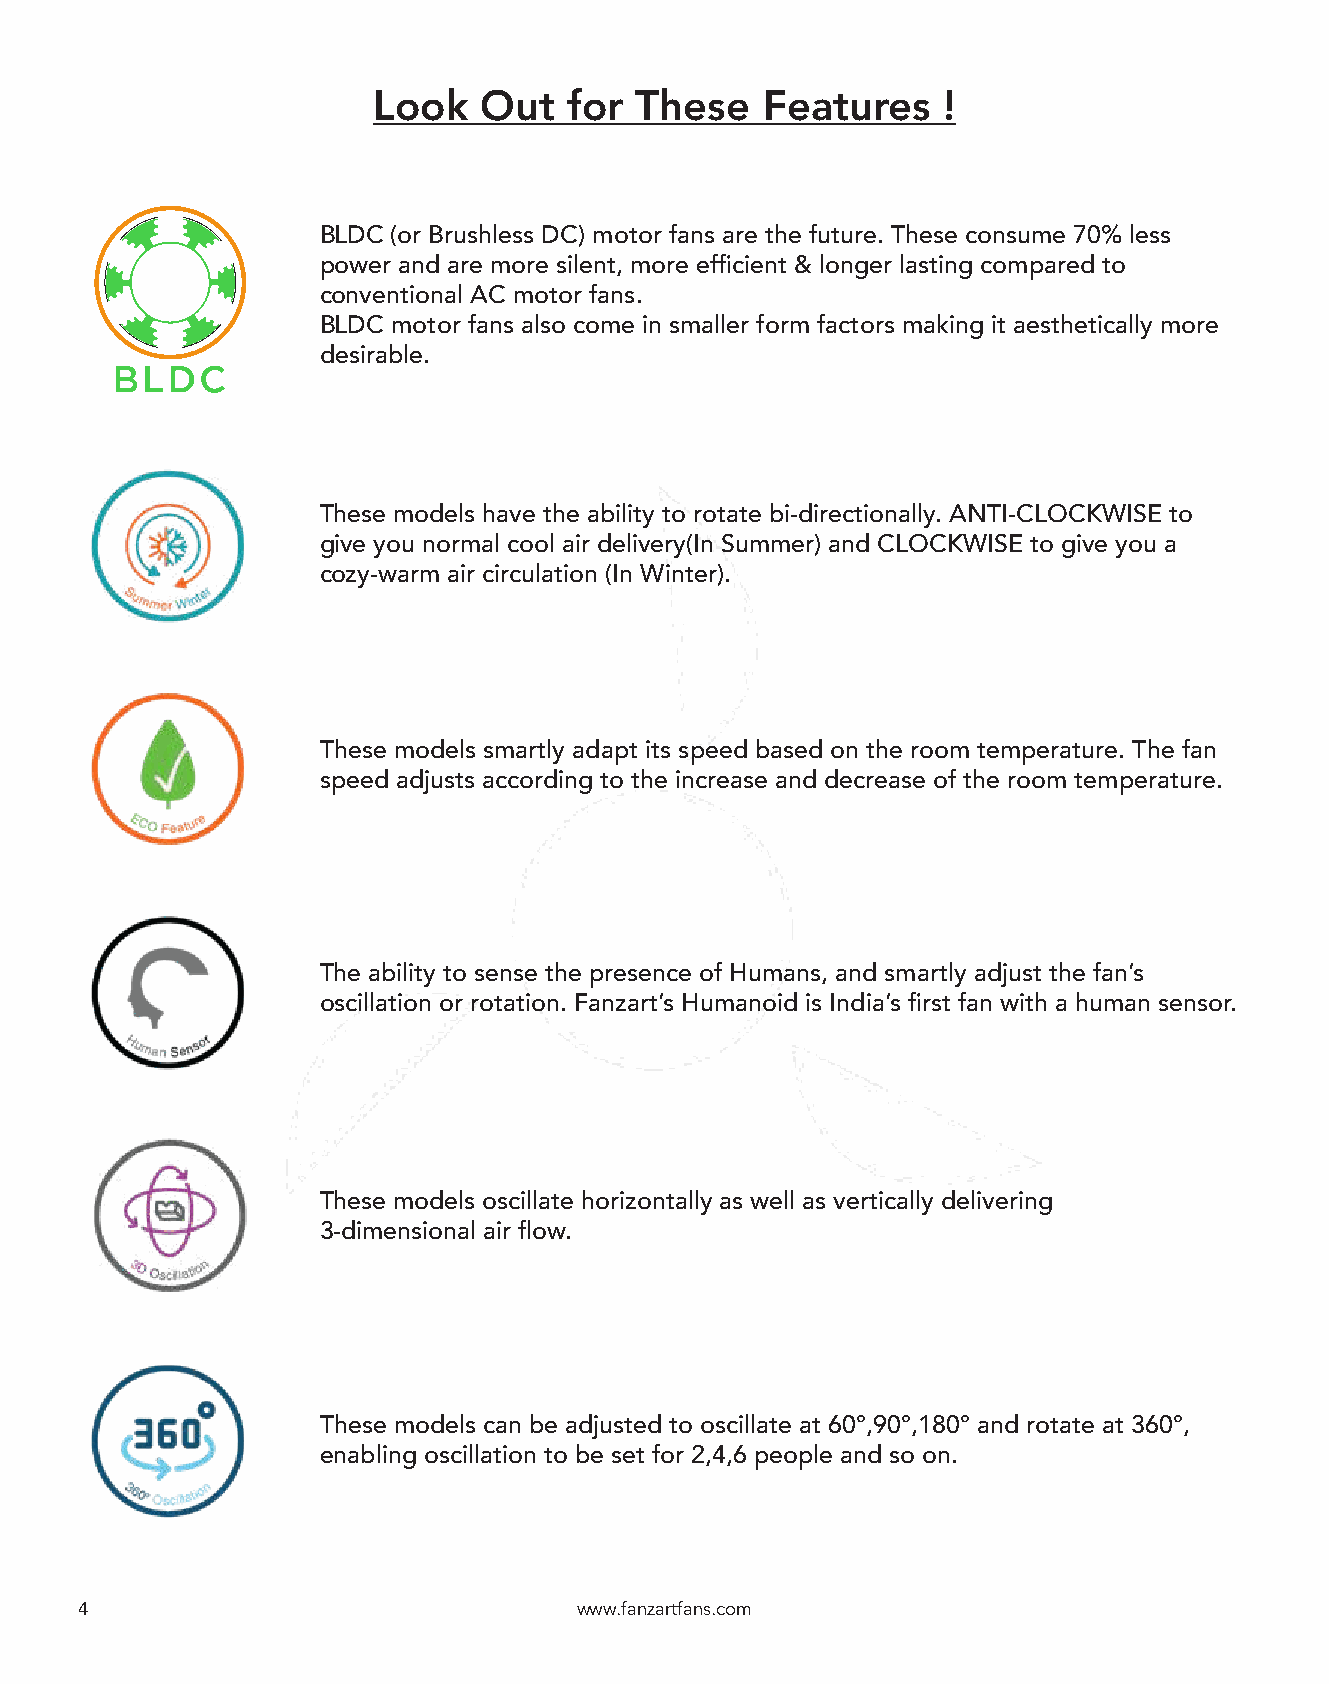
Look   Out   for These   Features    !
 BLDC (or Brushless DC) motor fans are the future. These consume 70% less
 power and are more silent, more efficient & longer lasting compared to
 conventional AC motor fans.
 BLDC motor fans also come in smaller form factors making it aesthetically more
 desirable.
 These models have the ability to rotate bi-directionally. ANTI-CLOCKWISE to
 give you normal cool air delivery(In Summer) and CLOCKWISE to give you a
 cozy-warm air circulation (In Winter).
 These models smartly adapt its speed based on the room temperature. The fan
 speed adjusts according to the increase and decrease of the room temperature.
 The ability to sense the presence of Humans, and smartly adjust the fan’s
 oscillation or rotation. Fanzart’s Humanoid is India’s first fan with a human sensor.
 These models oscillate horizontally as well as vertically delivering
 3-dimensional air flow.
 These models can be adjusted to oscillate at 60°,90°,180° and rotate at 360°,
 enabling oscillation to be set for 2,4,6 people and so on.
 4                                www.fanzartfans.com